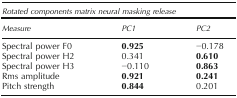
<table><thead><tr><td colspan="3"><b>Rotated components matrix neural masking release</b></td></tr><tr><td><b>Measure</b></td><td><b>PC1</b></td><td><b>PC2</b></td></tr></thead><tbody><tr><td>Spectral power F0</td><td><b>0.925</b></td><td>−0.178</td></tr><tr><td>Spectral power H2</td><td>0.341</td><td><b>0.610</b></td></tr><tr><td>Spectral power H3</td><td>−0.110</td><td><b>0.863</b></td></tr><tr><td>Rms amplitude</td><td><b>0.921</b></td><td><b>0.241</b></td></tr><tr><td>Pitch strength</td><td><b>0.844</b></td><td>0.201</td></tr></tbody></table>